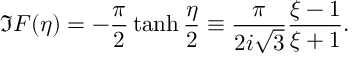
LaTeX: \Im F ( \eta ) = - \frac { \pi } { 2 } \operatorname { t a n h } \frac { \eta } { 2 } \equiv \frac { \pi } { 2 i \sqrt { 3 } } \frac { \xi - 1 } { \xi + 1 } .